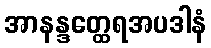
အာနန္ဒတ္ထေရအပဒါနံ